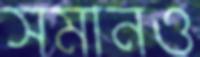
সমানও